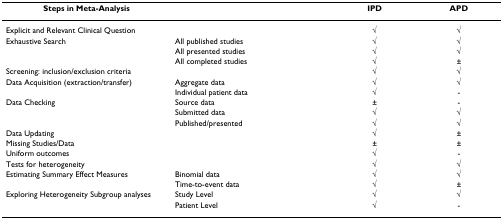
<table><thead><tr><td><b>Steps in Meta-Analysis</b></td><td></td><td><b>IPD</b></td><td><b>APD</b></td></tr></thead><tbody><tr><td colspan="2">Explicit and Relevant Clinical Question</td><td>√</td><td>√</td></tr><tr><td>Exhaustive Search</td><td>All published studies</td><td>√</td><td>√</td></tr><tr><td></td><td>All presented studies</td><td>√</td><td>√</td></tr><tr><td></td><td>All completed studies</td><td>√</td><td>±</td></tr><tr><td colspan="2">Screening: inclusion/exclusion criteria</td><td>√</td><td>√</td></tr><tr><td>Data Acquisition (extraction/transfer)</td><td>Aggregate data</td><td>√</td><td>√</td></tr><tr><td></td><td>Individual patient data</td><td>√</td><td>-</td></tr><tr><td>Data Checking</td><td>Source data</td><td>±</td><td>-</td></tr><tr><td></td><td>Submitted data</td><td>√</td><td>√</td></tr><tr><td></td><td>Published/presented</td><td>√</td><td>√</td></tr><tr><td colspan="2">Data Updating</td><td>√</td><td>±</td></tr><tr><td colspan="2">Missing Studies/Data</td><td>±</td><td>±</td></tr><tr><td colspan="2">Uniform outcomes</td><td>√</td><td>-</td></tr><tr><td colspan="2">Tests for heterogeneity</td><td>√</td><td>√</td></tr><tr><td>Estimating Summary Effect Measures</td><td>Binomial data</td><td>√</td><td>√</td></tr><tr><td></td><td>Time-to-event data</td><td>√</td><td>±</td></tr><tr><td>Exploring Heterogeneity Subgroup analyses</td><td>Study Level</td><td>√</td><td>√</td></tr><tr><td></td><td>Patient Level</td><td>√</td><td>-</td></tr></tbody></table>